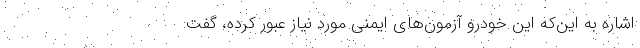
اشاره به این‌که این خودرو آزمون‌های ایمنی مورد نیاز عبور کرده، گفت: